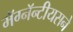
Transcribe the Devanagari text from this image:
मॅग्नॅन्टीयसने